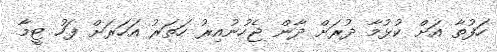
ހަފުތާ އަށް ކުޅުމާ ދުރަށް ދާން ޖެހުނުއިރު ހަތަރު އަހަރަށް ފަހު ޓީމާ